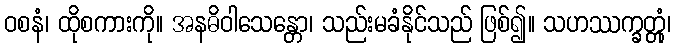
ဝစနံ၊ ထိုစကားကို။ အနဓိဝါသေန္တော၊ သည်းမခံနိုင်သည် ဖြစ်၍။ သဟဿက္ခတ္တုံ၊